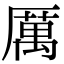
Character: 厲